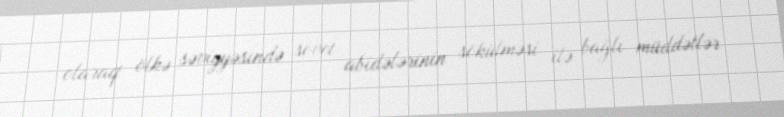
olaraq ölkə səviyyəsində sovet abidələrinin sökülməsi ilə bağlı müddətlər